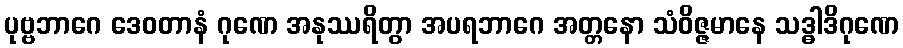
ပုဗ္ဗဘာဂေ ဒေဝတာနံ ဂုဏေ အနုဿရိတွာ အပရဘာဂေ အတ္တနော သံဝိဇ္ဇမာနေ သဒ္ဓါဒိဂုဏေ